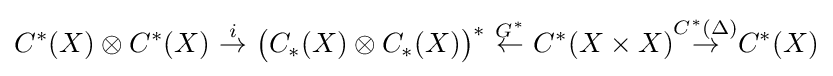
C^{*}(X)\otimes C^{*}(X)\ {\overset {i}{\to }}\ {\big (}C_{*}(X)\otimes C_{*}(X){\big )}^{*}\ {\overset {G^{*}}{\leftarrow }}\ C^{*}(X\times X){\overset {C^{*}(\Delta )}{\to }}C^{*}(X)